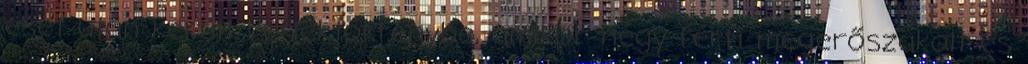
eset után került reflektorfénybe, amikor négy férfi megerőszakolt és